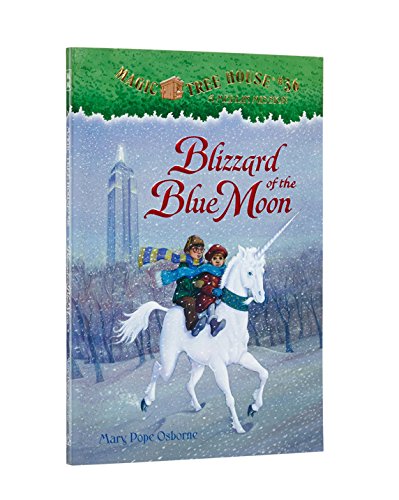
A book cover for Blizzard of the Blue Moon (Magic Tree House, No. 36); Mary Pope Osborne; Children's Books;